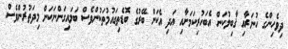
ދިވެހިންގެ ހުނަރާއި ޤާބިލުކަން އެބަހުރިކަމަށާއި އަދި އެކަން ބޭރުގެ ބޮޑެތިގައުމުތަކުންވެސް ބަލައިގަންނަކަން މިދަތުރުންވެސް